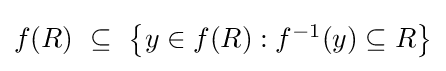
{\textstyle f(R)~\subseteq ~\left\{y\in f(R):f^{-1}(y)\subseteq R\right\}}